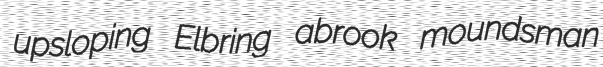
upsloping Elbring abrook moundsman